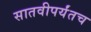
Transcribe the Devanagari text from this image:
सातवीपर्यंतच